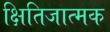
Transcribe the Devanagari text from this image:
क्षितिजात्मक